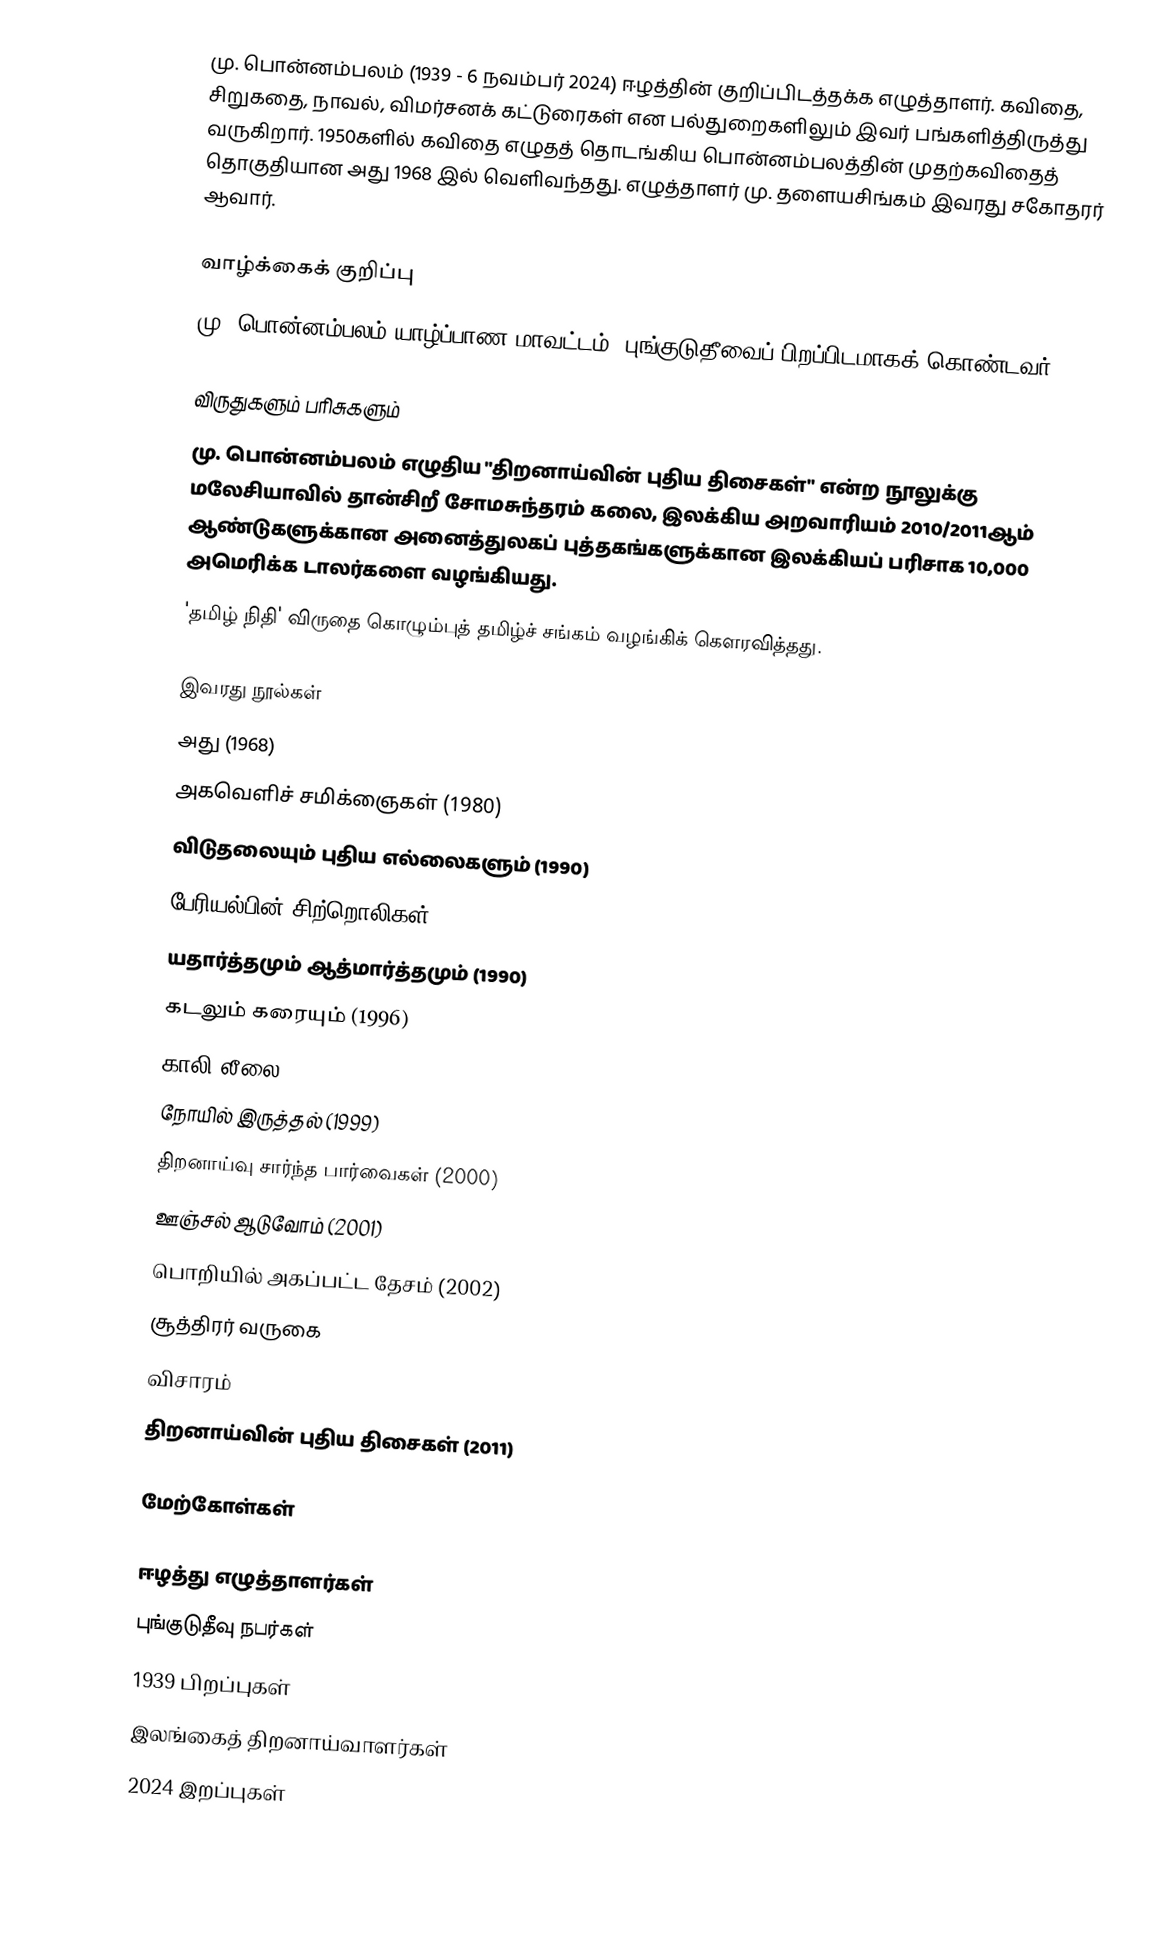
மு. பொன்னம்பலம் (1939 - 6 நவம்பர் 2024) ஈழத்தின் குறிப்பிடத்தக்க எழுத்தாளர்.  கவிதை, சிறுகதை, நாவல், விமர்சனக் கட்டுரைகள் என பல்துறைகளிலும் இவர் பங்களித்திருத்து வருகிறார்.  1950களில் கவிதை எழுதத் தொடங்கிய பொன்னம்பலத்தின் முதற்கவிதைத் தொகுதியான அது 1968 இல் வெளிவந்தது. எழுத்தாளர் மு. தளையசிங்கம் இவரது சகோதரர் ஆவார்.

வாழ்க்கைக் குறிப்பு
மு. பொன்னம்பலம் யாழ்ப்பாண மாவட்டம், புங்குடுதீவைப் பிறப்பிடமாகக் கொண்டவர்.

விருதுகளும் பரிசுகளும்
மு. பொன்னம்பலம் எழுதிய  "திறனாய்வின் புதிய திசைகள்" என்ற நூலுக்கு மலேசியாவில் தான்சிறீ சோமசுந்தரம் கலை, இலக்கிய அறவாரியம் 2010/2011ஆம் ஆண்டுகளுக்கான அனைத்துலகப் புத்தகங்களுக்கான இலக்கியப் பரிசாக 10,000 அமெரிக்க டாலர்களை வழங்கியது.
'தமிழ் நிதி' விருதை கொழும்புத் தமிழ்ச் சங்கம் வழங்கிக் கௌரவித்தது.

இவரது நூல்கள்
 அது (1968)
 அகவெளிச் சமிக்ஞைகள் (1980)
 விடுதலையும் புதிய எல்லைகளும் (1990)
 பேரியல்பின் சிற்றொலிகள் (1990)
 யதார்த்தமும் ஆத்மார்த்தமும் (1990)
 கடலும் கரையும் (1996)
 காலி லீலை (1997)
 நோயில் இருத்தல் (1999)
 திறனாய்வு சார்ந்த பார்வைகள் (2000)
 ஊஞ்சல் ஆடுவோம் (2001)
 பொறியில் அகப்பட்ட தேசம் (2002)
 சூத்திரர் வருகை
 விசாரம்
 திறனாய்வின் புதிய திசைகள் (2011)

மேற்கோள்கள்

ஈழத்து எழுத்தாளர்கள்
புங்குடுதீவு நபர்கள்
1939 பிறப்புகள்
இலங்கைத் திறனாய்வாளர்கள்
2024 இறப்புகள்